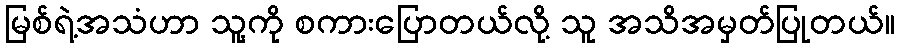
မြစ်ရဲ့အသံဟာ သူ့ကို စကားပြောတယ်လို့ သူ အသိအမှတ်ပြုတယ်။